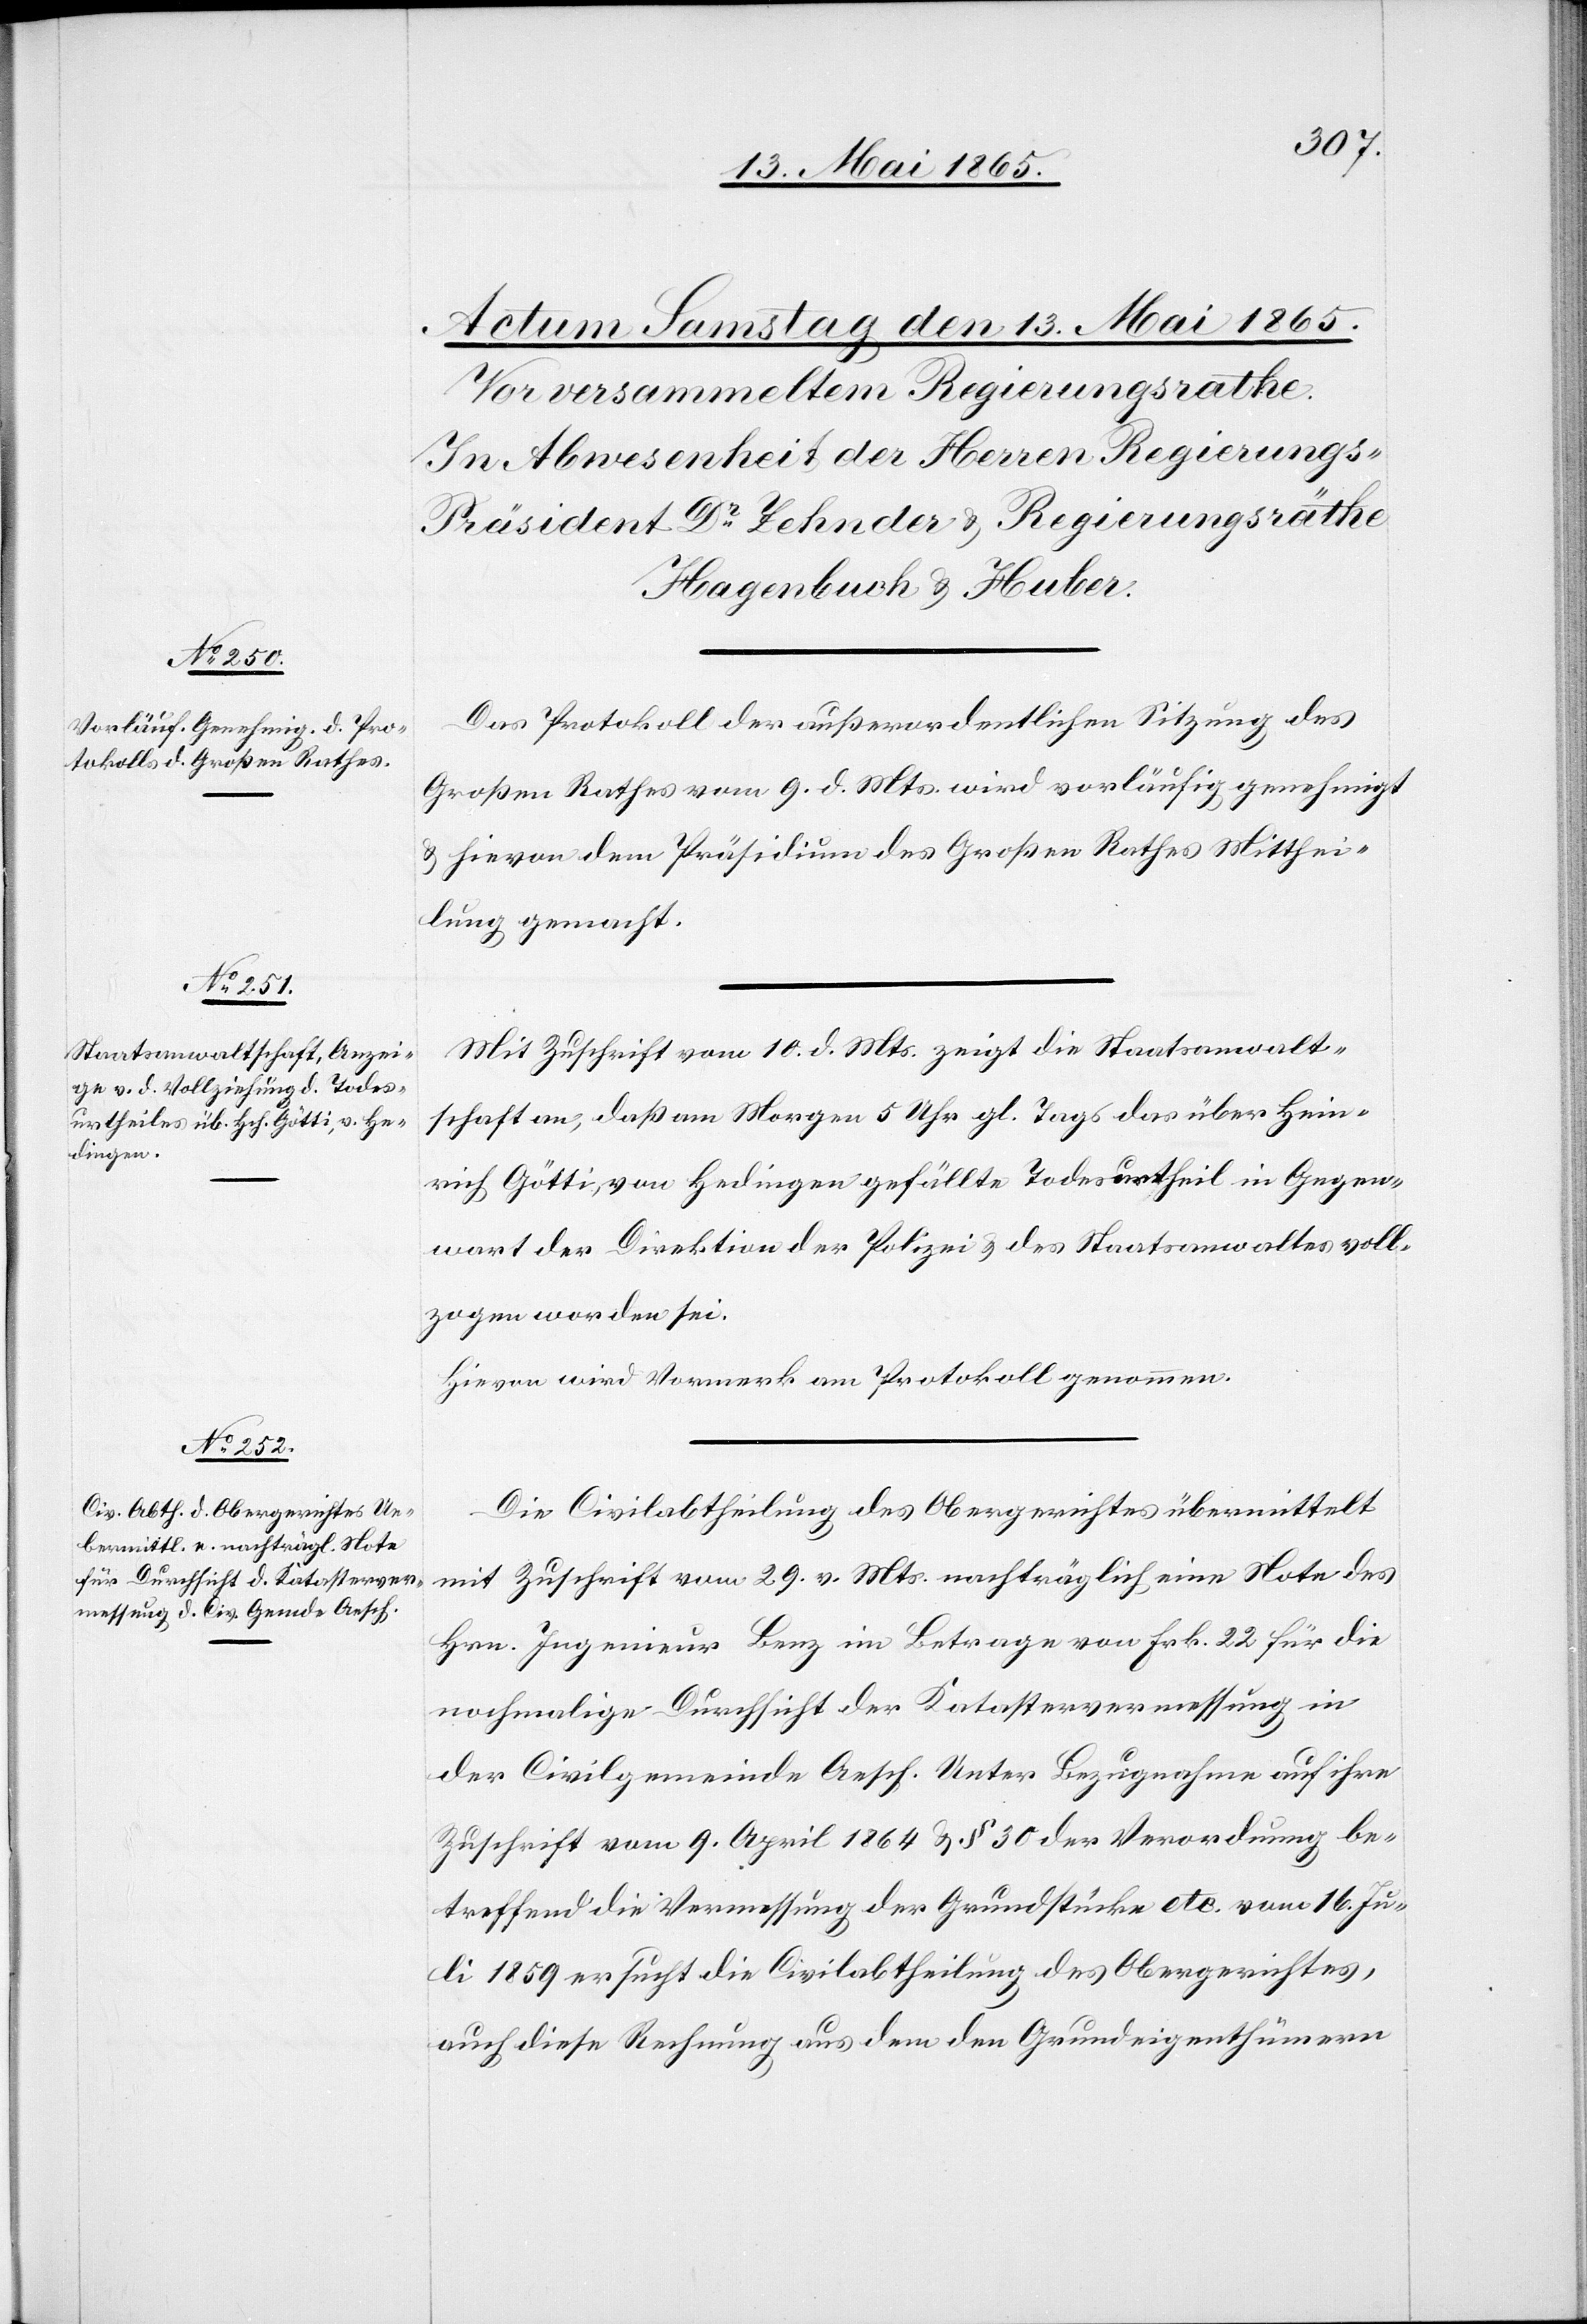
Das Protokoll der außerordentlichen Sitzung des
Großen Rathes vom 9. d. Mts. wird vorläufig genehmigt
& hievon dem Präsidium des Großen Rathes Mitthei¬
lung gemacht.
Mit Zuschrift vom 10. d. Mts. zeigt die Staatsanwalt¬
schaft an, daß am Morgen 5 Uhr gl. Tags das über Hein¬
rich Götti, von Hedingen gefällte Todesurtheil in Gegen¬
wart der Direktion der Polizei & des Statthalteramtes voll¬
zogen worden sei.
Hievon wird Vormerk am Protokoll genommen.
Die Civilabtheilung des Obergerichtes übermittelt
mit Zuschrift vom 29. v. Mts. nachträglich eine Note des
Hrn. Ingenieur Benz im Betrage von Frk. 22 für die
nochmalige Durchsicht der Katastervermessung in
der Civilgemeinde Aesch. Unter Bezugnahme auf ihre
Zuschrift vom 9. April 1864 & § 30 der Verordnung be¬
treffend die Vermessung der Grundstücke etc. vom 16. Ju¬
li 1859 ersucht die Civilabtheilung des Obergerichtes,
auch diese Rechnung aus dem den Grundeigenthümern